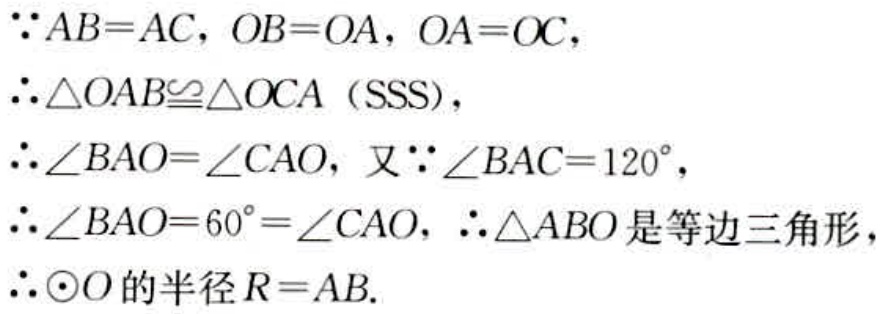
\(\because AB = AC, OB = OA, OA = OC,\)
\(\therefore \triangle OAB\cong\triangle OCA（SSS）,\)
\(\therefore \angle BAO=\angle CAO, 又\because\angle BAC = 120^{\circ},\)
\(\therefore \angle BAO = 60^{\circ}=\angle CAO, \therefore\triangle ABO是等边三角形,\)
\(\therefore\odot O的半径R = AB.\)